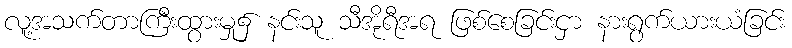
လူ့အသက်တာကြီးထွားမှု၌ နင်းသူ သီအိုရီအရ ဖြစ်စေခြင်းငှာ နားရွက်ယားယံခြင်း